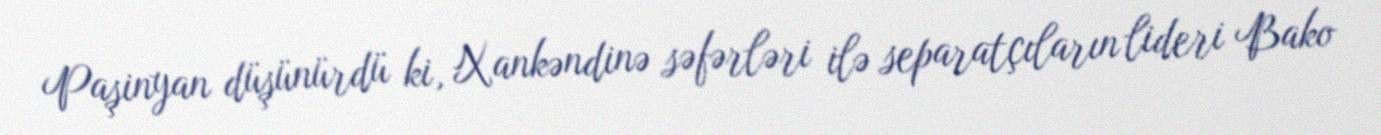
Paşinyan düşünürdü ki, Xankəndinə səfərləri ilə separatçıların lideri Bako